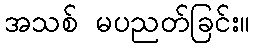
အသစ် မပညတ်ခြင်း။